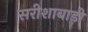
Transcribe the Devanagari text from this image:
सरीशाबाड़ी